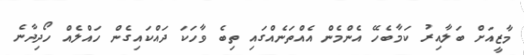
މާޒީއަށް ބަލާއިރު ކަމާބެހޭ އެންމެން އެއްތަނެއްގައި ތިބެ ވާހަކަ ދައްކައިގެން ހައްލެއް ހޯދިދާނެ